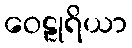
ဝေဠုရိယာ